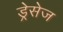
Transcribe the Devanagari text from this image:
ड्रेसेज